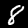
Label: 8